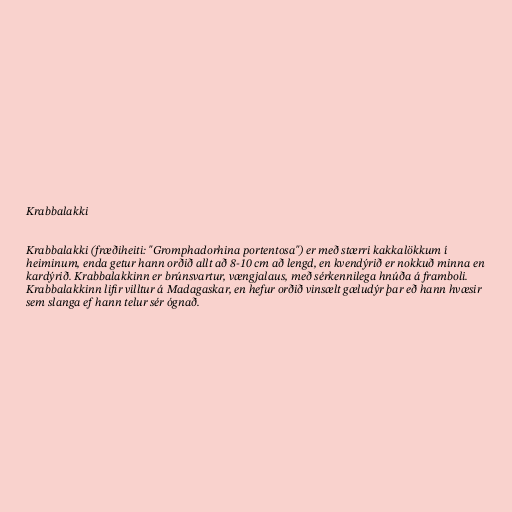
Krabbalakki

Krabbalakki (fræðiheiti: "Gromphadorhina portentosa") er með stærri kakkalökkum í
heiminum, enda getur hann orðið allt að 8-10 cm að lengd, en kvendýrið er nokkuð minna en
kardýrið. Krabbalakkinn er brúnsvartur, vængjalaus, með sérkennilega hnúða á framboli.
Krabbalakkinn lifir villtur á Madagaskar, en hefur orðið vinsælt gæludýr þar eð hann hvæsir
sem slanga ef hann telur sér ógnað.